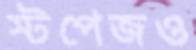
স্টপেজও